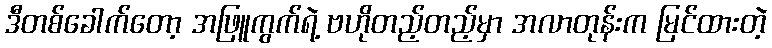
ဒီတစ်ခေါက်တော့ အဖြူကွက်ရဲ့ ဗဟိုတည့်တည့်မှာ အလာတုန်းက မြင်ထားတဲ့